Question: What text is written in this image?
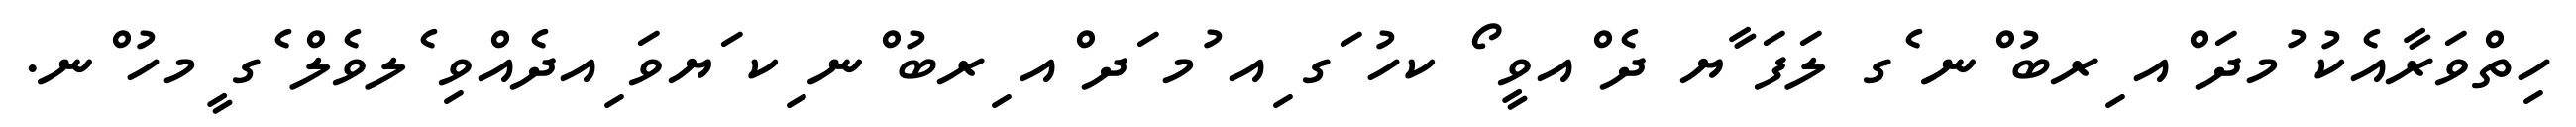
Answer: ހިތްވަރާއެކު ުމދަ ްއ ިރބު ްނ ެގ ލަފަ ާޔ ދެ ްއވީ ޯ ކހު ަގ ިއ ުމ ަދ ްއ ިރބު ްނ ިކ ަޔވަ ިއދެއްވި ެލވެލް ެގ ީމހު ްނ.